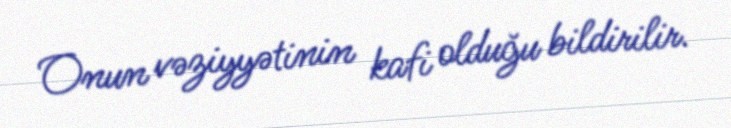
Onun vəziyyətinin kafi olduğu bildirilir.